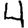
Digit: 4